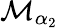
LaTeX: {\mathcal M}_{\alpha_{2}}